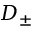
D _ { \pm }